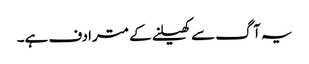
یہ آگ سے کھیلنے کے مترادف ہے۔